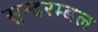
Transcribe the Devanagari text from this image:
सुन्दरम्बल